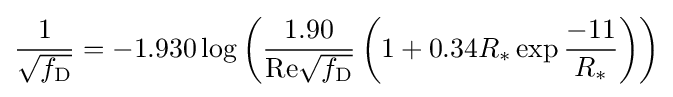
{\frac {1}{\sqrt {f_{\mathrm {D} }}}}=-1.930\log \left({\frac {1.90}{\mathrm {Re} {\sqrt {f_{\mathrm {D} }}}}}\left(1+0.34R_{*}\exp {\frac {-11}{R_{*}}}\right)\right)